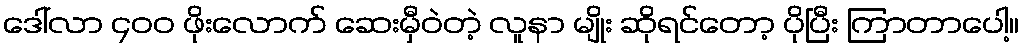
ဒေါ်လာ ၄၀၀ ဖိုးလောက် ဆေးမှီဝဲတဲ့ လူနာ မျိုး ဆိုရင်တော့ ပိုပြီး ကြာတာပေါ့။